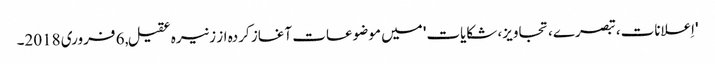
'اِعلانات، تبصرے، تجاویز، شکایات' میں موضوعات آغاز کردہ از زنیرہ عقیل, ‏6 فروری 2018۔